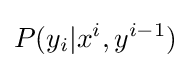
P(y_{i}|x^{i},y^{i-1})